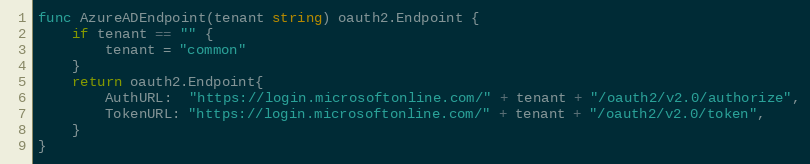
Language: Go
func AzureADEndpoint(tenant string) oauth2.Endpoint {
	if tenant == "" {
		tenant = "common"
	}
	return oauth2.Endpoint{
		AuthURL:  "https://login.microsoftonline.com/" + tenant + "/oauth2/v2.0/authorize",
		TokenURL: "https://login.microsoftonline.com/" + tenant + "/oauth2/v2.0/token",
	}
}